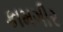
કામગીર